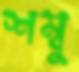
শম্বু